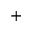
^ +